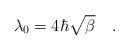
\begin{align*}\lambda_0 = 4 \hbar \sqrt{\beta} \quad . \end{align*}